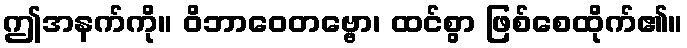
ဤအနက်ကို။ ဝိဘာဝေတဗ္ဗော၊ ထင်စွာ ဖြစ်စေထိုက်၏။